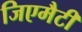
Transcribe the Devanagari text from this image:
जिएमैटी